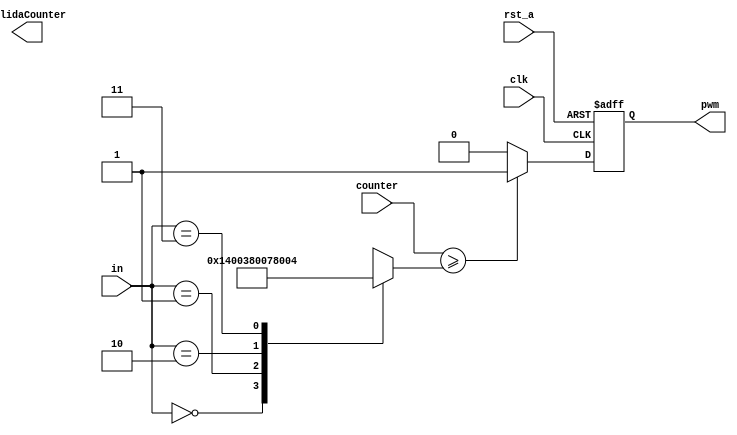
module Comparator (
input rst_a, clk,
input [1:0] in,
input [14:0] counter,
output reg pwm,
output reg [14:0]salidaCounter
);

reg [14:0] dc;
reg state;


always @(posedge clk or negedge rst_a)
	begin
		if(!rst_a)
			begin
				pwm <= 0;
			end
		else
			pwm <= state;
	end

always @(*)
begin
	case(in)
		2'b00:
			begin
			dc = 10;
			end
		2'b01:
			begin
			dc = 14;
			end
		2'b10:
			begin
			dc=15;
			end
		2'b11:
			begin
			dc=4;
			end
		default:
			begin
			dc = 0;
			end
	endcase
	if(counter >= dc)
		begin
			state = 1;
		end
	else
		begin
			state = 0;
		end
end

endmodule